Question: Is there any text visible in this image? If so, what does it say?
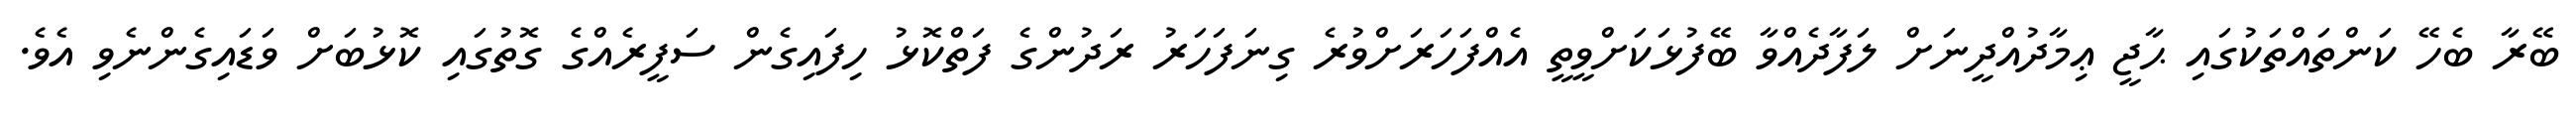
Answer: ބޭރާ ބެހޭ ކަންތައްތަކުގައި ޙާޖީ ޢިމާދުއްދީނަށް ލަފާދެއްވާ ބޭފުޅަކަށްވީތީ އެއްފަހަރަށްވުރެ ގިނަފަހަރު ރަދުންގެ ފަތްކޮޅު ހިފައިގެން ސަފީރެއްގެ ގޮތުގައި ކޮޅުބަށް ވަޑައިގެންނެވި އެވެ.